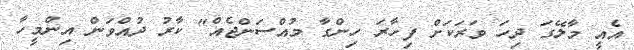
އެއީ މާލޭގަ ދިހަ ވަރަކަށް ފިހާރަ ހިންގާ މުއްސަންޖެއް" ކާރު ދުއްވަން އިންމީހާ